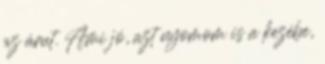
az árut. Ami jó, azt nyomom is a kezébe,